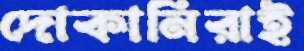
দোকানিরাই